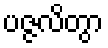
ပဇ္ဇလိတွာ